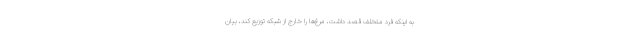
به اینکه فرد متخلف قصد داشت، مرغ‌ها را خارج از شبکه توزیع کند، بیان